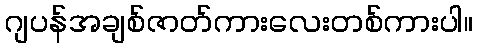
ဂျပန်အချစ်ဇာတ်ကားလေးတစ်ကားပါ။